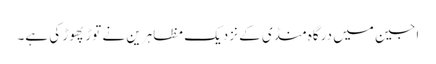
اجین میں درگاہ منڈی کے نزدیک مظاہرین نے توڑ پھوڑ کی ہے۔